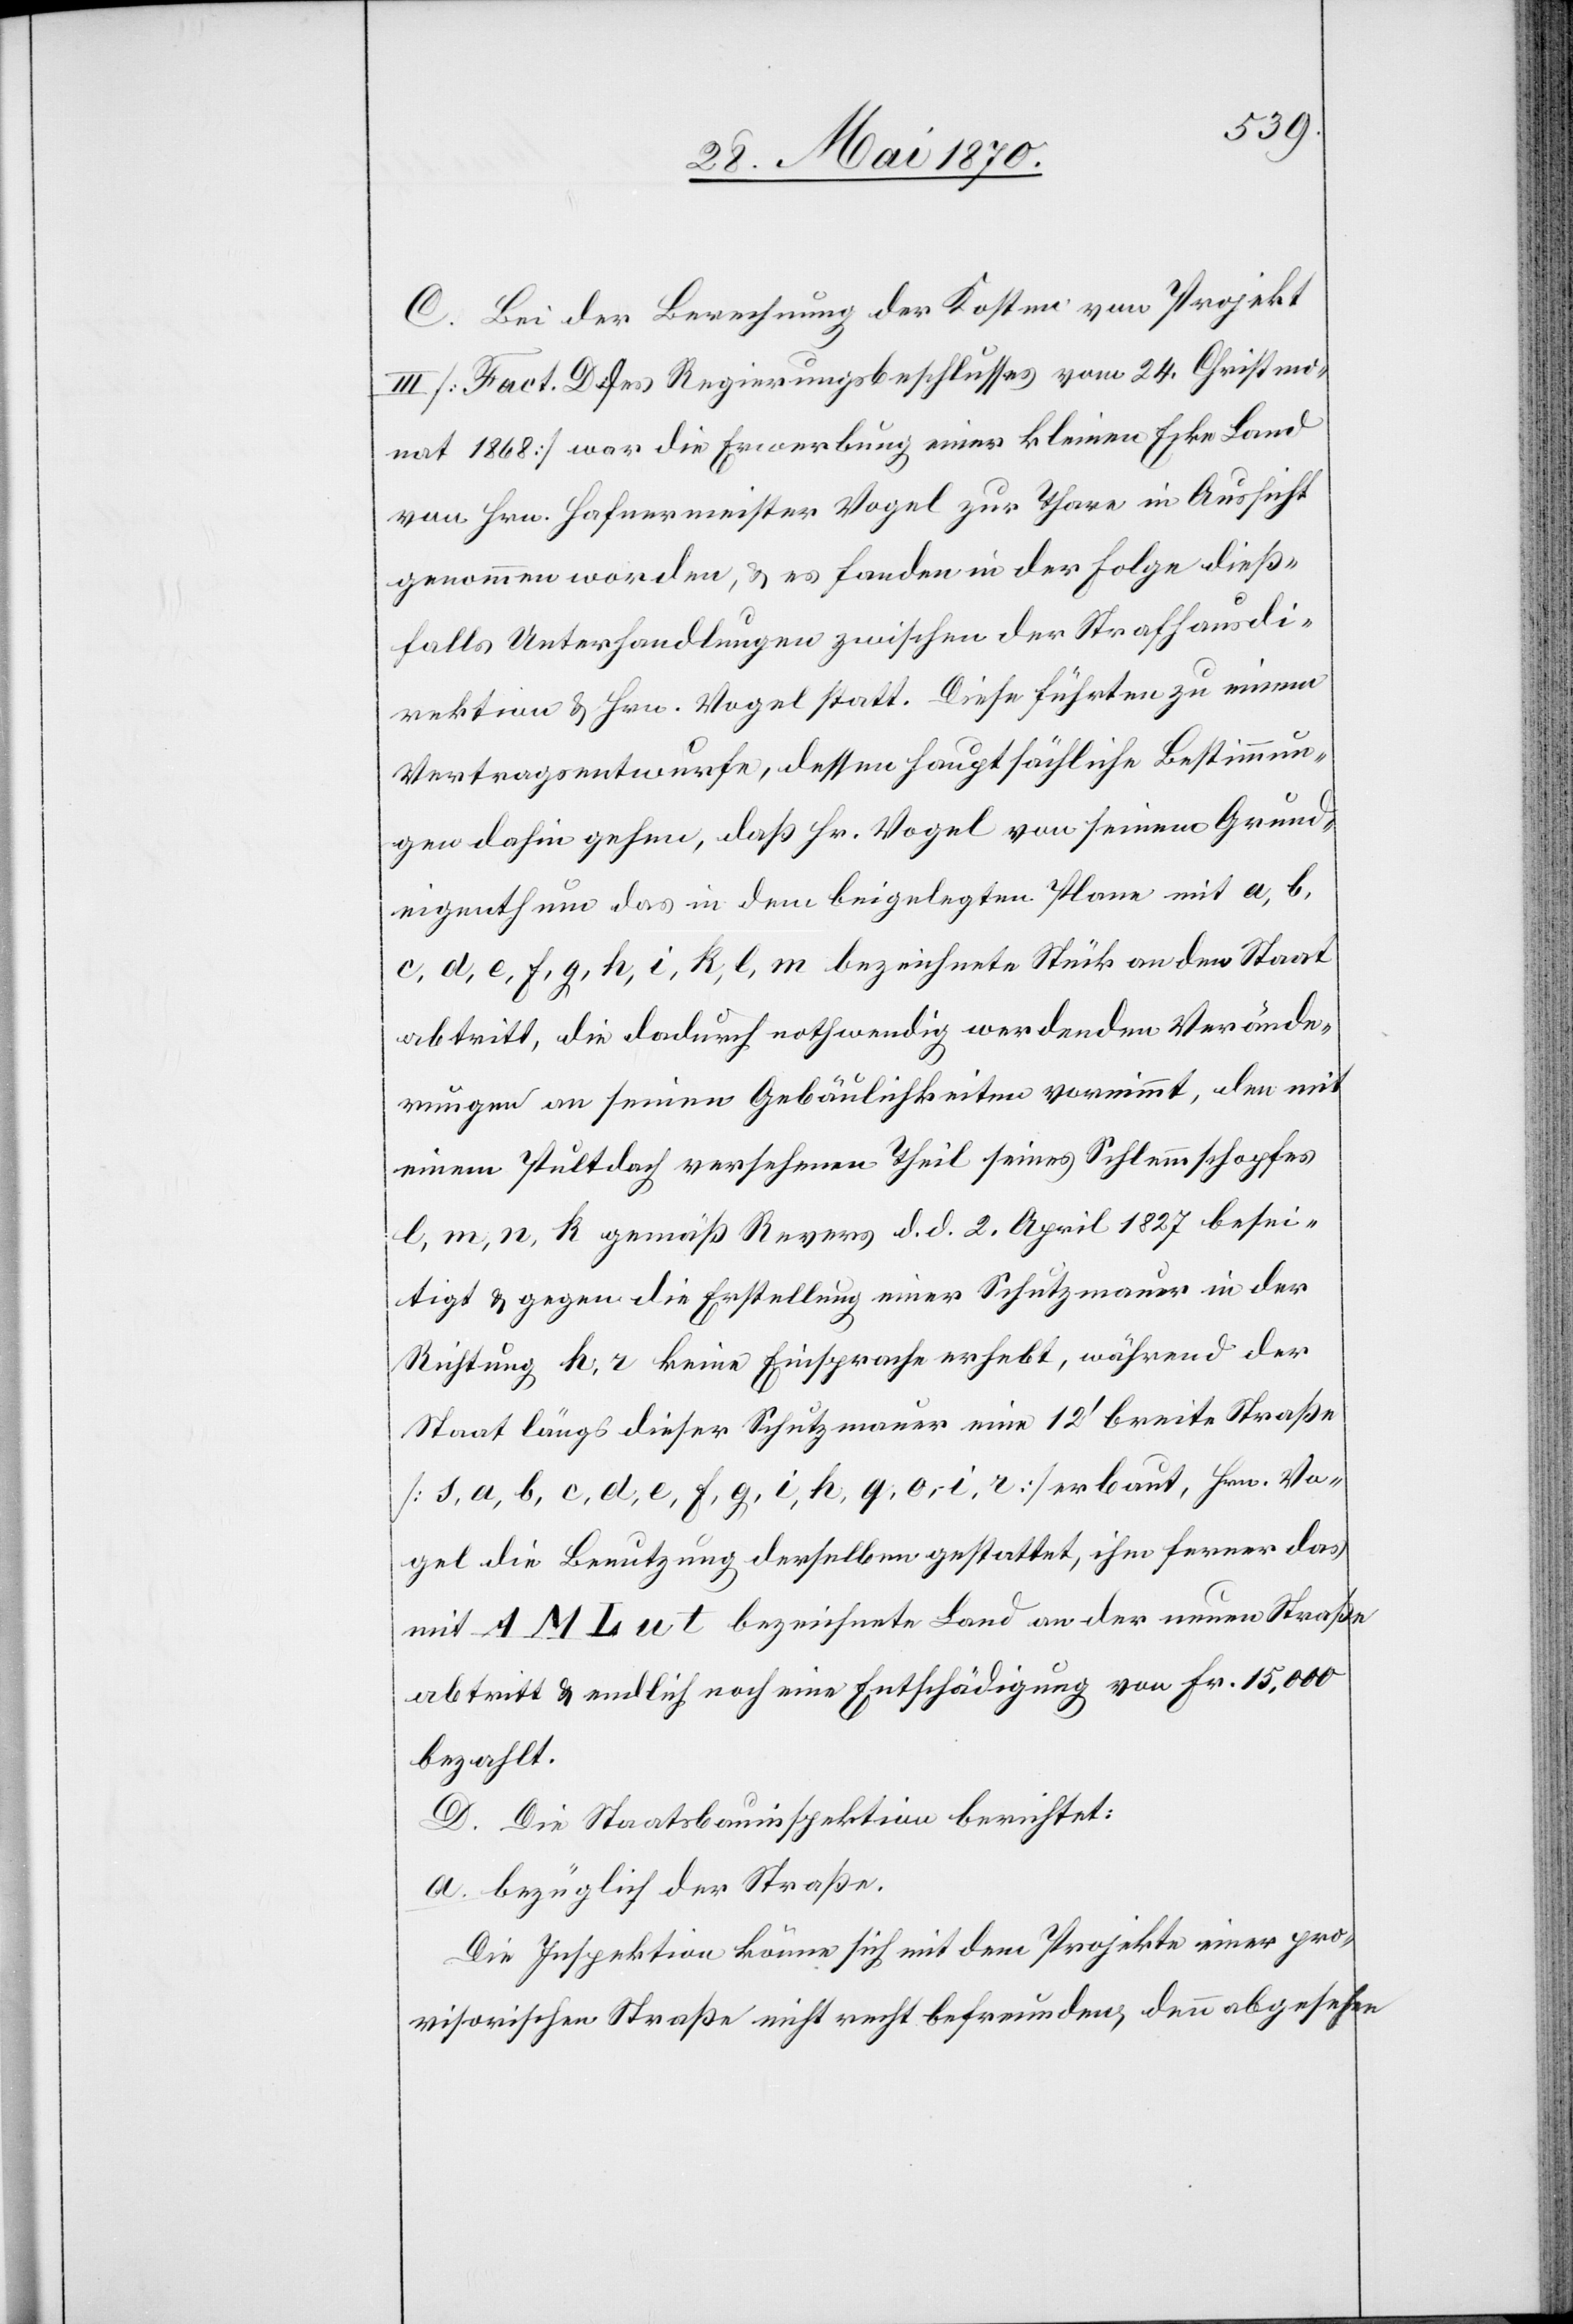
C. Bei der Berechnung der Kosten vom Projekt
III [Fact. D des Regierungsbeschlusses vom 24. Christmo¬
nat 1868] war die Erwerbung einer kleinen Ecke Land
von Hrn. Hafermeister Vogel zur Thare in Aussicht
genommen worden, & es fanden in der Folge dieß¬
falls Unterhandlungen zwischen der Strafhausdi¬
rektion & Hrn. Vogel statt. Diese führten zu einem
Vertragsentwurfe, dessen hauptsächliche Bestimmun¬
gen dahin gehen, daß Hr. Vogel von seinem Grund¬
eigenthum das in dem beigelegten Plane mit a, b,
c, d, e, f, g, h, i, k, l, m bezeichnete Stück an den Staat
abtritt, die dadurch nothwendig werdenden Verände¬
rungen an seinen Gebäulichkeiten vornimmt, den mit
einem Pultdach versehenen Theil seines Schlemmschopfes
l, m, n, k gemäß Revers d. d. 2. April 1827 besei¬
tigt & gegen die Erstellung einer Schutzmauer in der
Richtung h, r keine Einsprache erhebt, während der
Staat längs dieser Schutzmauer eine 12‘ breite Straße
[s, a, b, c, d, e, f, g, i, h, q, o, i, r] erbaut, Hrn. Vo¬
gel die Benutzung derselben gestattet, ihm ferner das
mit A M L u t bezeichnete Land an der neuen Straße
abtritt & endlich noch eine Entschädigung von Fr. 15,000
bezahlt.
D. Die Staatsbauinspektion berichtet:
a. bezüglich der Straße.
Die Inspektion könne sich mit dem Projekte einer pro¬
visorischen Straße nicht recht befreunden, denn abgesehen